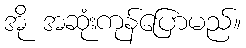
အို အဆုံးကုန်ပြောမည်။